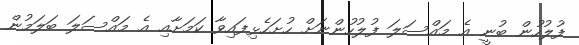
ފުލުހުން ބުނީ އެ މައްސަލަ ފުލުހުންނަށް ހުށަހެޅިފައިވާ ކަމަށާއި އެ މައްސަލަ ބަލަމުން